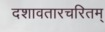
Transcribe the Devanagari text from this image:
दशावतारचरितम्